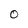
Character: O